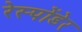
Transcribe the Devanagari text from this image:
रेस्पोंडेर